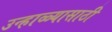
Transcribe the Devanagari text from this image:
उन्हाळ्यासाठी